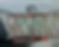
সংগীতও